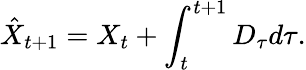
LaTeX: \hat{X}_{t+1}=X_{t}+\int_{t}^{t+1}D_{\tau}d\tau.